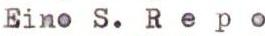
Eino S. R e p o